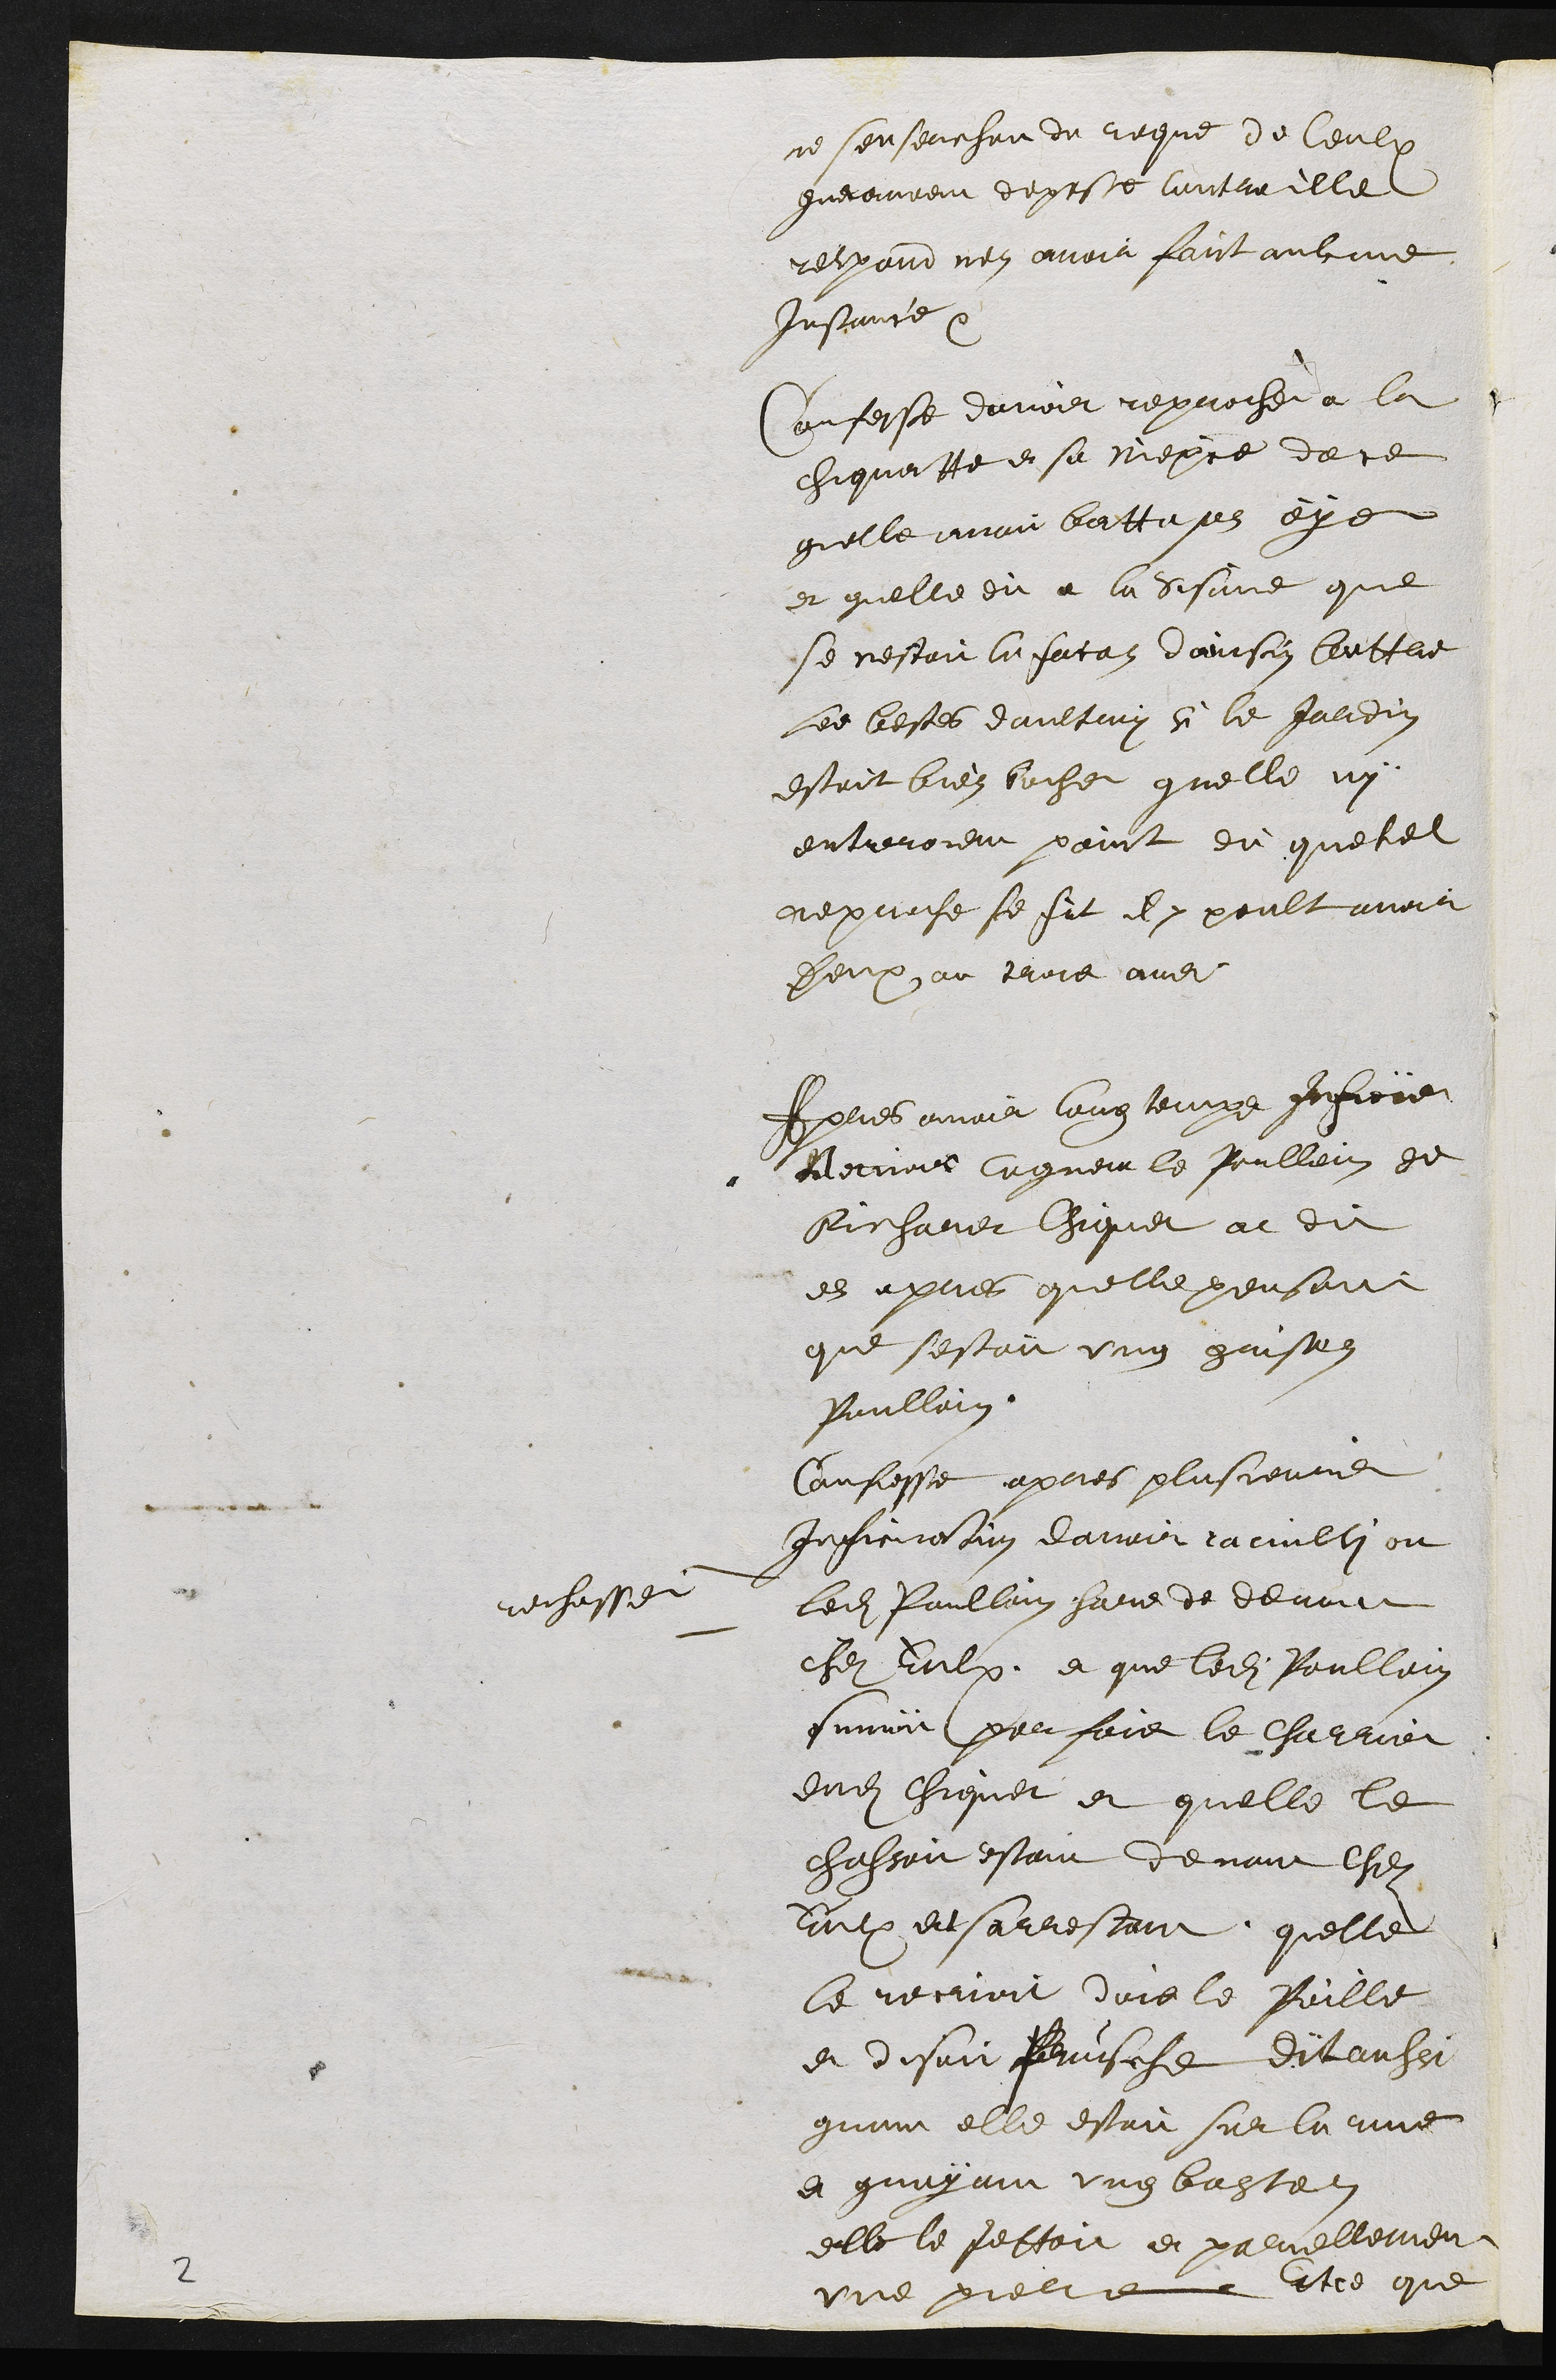
ne sen sercher du reque de ceulx
que avoient depose contre elle
respond nen avoir faict aulcune
Instance.
Confesse davoir reproché a la
chiquatte et sa niepce de ce
quelle avoit battu ses oyes
et quelle dit a la Susane que
se nestoit la facon dainsin battre
les bestes daultruy si le jardin
estoit bien bocher quelle ny
entreroient point dit que tel
reproche se fit il y peult avoir
Deux ou trois ans
Apres avoir long temps inficïer
davoir cogneut le poullain de
Richardt Chiquet at dit
en apres quelle pensoit
que sestoit ung grison
Poullain
Confesse apres plusieurs
Inficiasion davoir racuilli ou
rechasser
ledit Poullain hors de devant
chez Eulx, et que ledit Poullain
suivoit par fois le Charrier
dudit chiquet et quelle le
chassoit estant devant chez
Eulx et sarrestant quelle
le recrioit dois le poille
et disoit Perusche dit aussi
quant elle estoit sur la rue
et quayant ung baston
elle le jettoit et parellement
une piere Et ce que
2